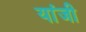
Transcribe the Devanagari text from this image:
यांजी